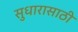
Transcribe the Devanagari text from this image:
सुधारासाठी